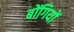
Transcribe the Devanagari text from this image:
बोंगियों